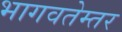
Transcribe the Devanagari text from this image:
भागवतेम्तर